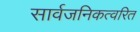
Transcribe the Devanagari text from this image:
सार्वजनिकत्वरित